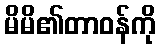
မိမိ၏တာဝန်ကို